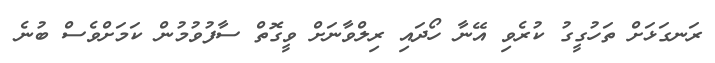
ރަނގަޅަށް ތަހުގީގު ކުރެވި އޭނާ ހޯދައި ރިލްވާނަށް ވީގޮތް ސާފުވުމުން ކަމަށްވެސް ބުނެ